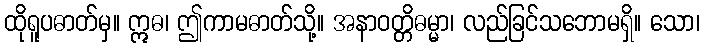
ထိုရူပဓာတ်မှ။ ဣဓ၊ ဤကာမဓာတ်သို့။ အနာဝတ္တိဓမ္မာ၊ လည်ခြင်သဘောမရှိ။ သော၊